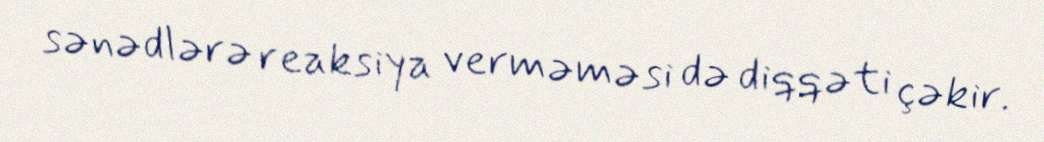
sənədlərə reaksiya verməməsi də diqqəti çəkir.